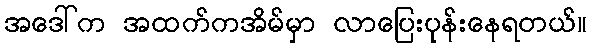
အဒေါ်က အထက်ကအိမ်မှာ လာပြေးပုန်းနေရတယ်။